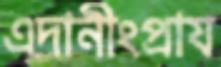
এদানীংপ্রায